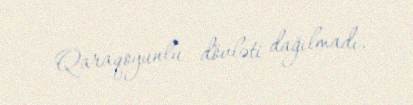
Qaraqoyunlu dövləti dağılmadı.